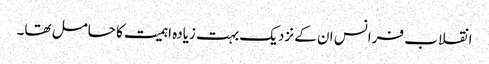
انقلاب فرانس ان کے نزدیک بہت زیادہ اہمیت کا حامل تھا۔